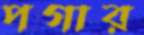
পগার